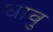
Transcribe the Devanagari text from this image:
धावु